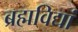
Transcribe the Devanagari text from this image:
ब्रह्मविद्यां